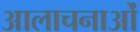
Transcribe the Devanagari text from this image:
आलाचनाओं